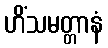
ဟိံသမတ္တာနံ